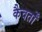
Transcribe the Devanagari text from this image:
कैवर्तों